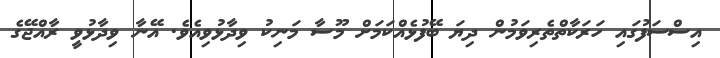
އިސްސަފުގައި ހަރަކާތްތެރިވަމުން ދިޔަ ބޭފުޅެއްކަމަށް މޫސާ މަނިކު ވިދާޅުވިއެވެ. އޭނާ ވިދާޅުވީ ރާއްޖޭގެ